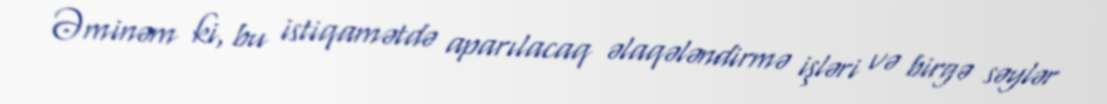
Əminəm ki, bu istiqamətdə aparılacaq əlaqələndirmə işləri və birgə səylər